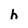
Character: h